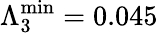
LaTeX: \Lambda_{3}^{\mathrm{min}}=0.045